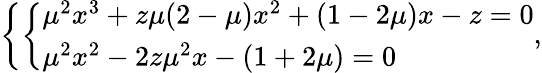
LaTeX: \left\{ \left\{ \begin{array}{ll}{{{\mu}^{2}x^{3}+z\mu(2-\mu)x^{2}+(1-2\mu)x-z=0}}\\ {{{\mu}^{2}x^{2}-2z{\mu}^{2}x-(1+2\mu)=0}}\end{array}\right.\right.,